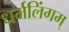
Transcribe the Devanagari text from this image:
धर्मलिंगम्